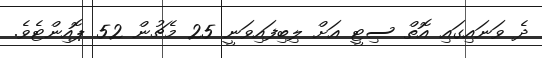
ދެ ވަނައިގައި އޮތް ސިޓީ އަށް ލިިބިފައިވަނީ 25 މެޗުން 52 ޕޮއިންޓެވެ.